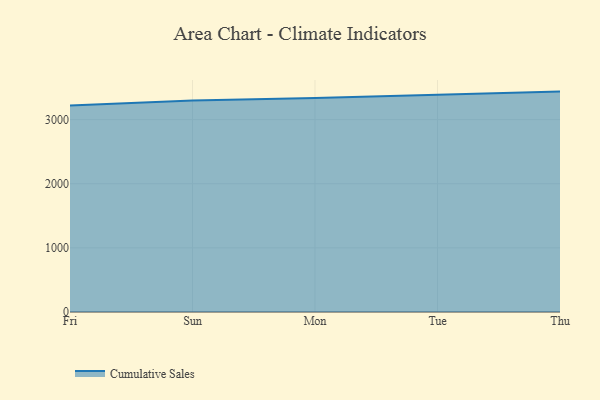
{"axis": {"x": "Day", "y": "Headcount"}, "legend": ["Cumulative Sales"], "data": [{"x": "Fri", "y": 3220.2, "type": "Cumulative Sales"}, {"x": "Sun", "y": 3296.9, "type": "Cumulative Sales"}, {"x": "Mon", "y": 3335.5, "type": "Cumulative Sales"}, {"x": "Tue", "y": 3382.1, "type": "Cumulative Sales"}, {"x": "Thu", "y": 3436.5, "type": "Cumulative Sales"}]}